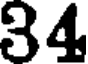
34